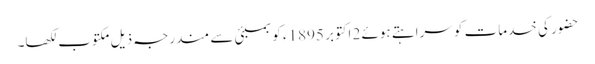
حضور کی خدمات کو سراہتے ہوئے 2 اکتوبر 1895ء کو بمبئی سے مندرجہ ذیل مکتوب لکھا۔